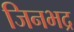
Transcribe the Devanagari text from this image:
जिनभद्र